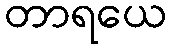
တာရယေ